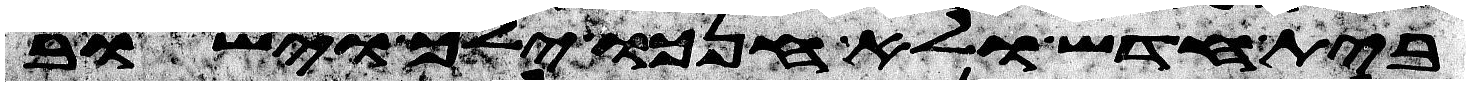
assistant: בית חדש ולא חנכו ילך וישוב